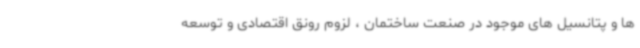
ها و پتانسیل های موجود در صنعت ساختمان ، لزوم رونق اقتصادی و توسعه‌